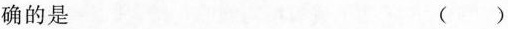
确的是 ( )